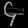
Digit: ၄